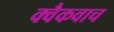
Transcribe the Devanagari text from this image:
क्वैकवाच